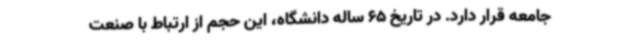
جامعه قرار دارد. در تاریخ 65 ساله دانشگاه، این حجم از ارتباط با صنعت